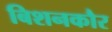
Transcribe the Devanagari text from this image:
बिशनकौर